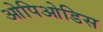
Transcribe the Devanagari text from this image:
ओपिओडिस